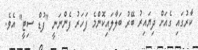
ކާރުގައި ގެއަށް ދިޔައިރު ބޭރު ބަލާލައިކޮންމެ ފަހަރު ފެންނަނީ "ފުޑް ސިޓީ" އެވެ.